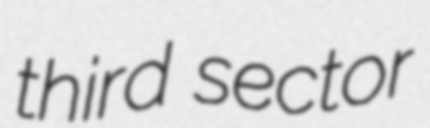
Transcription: third sector